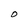
Character: O